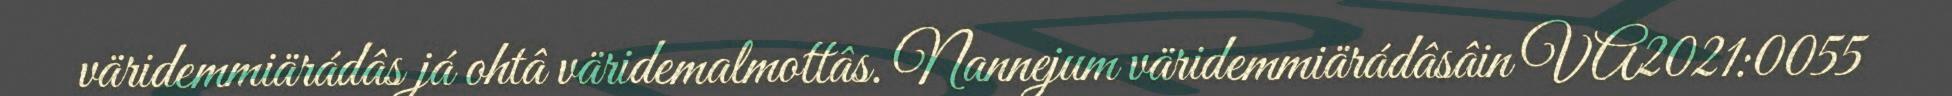
väridemmiärádâs já ohtâ väridemalmottâs. Nannejum väridemmiärádâsâin VA2021:0055